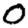
Digit: 0